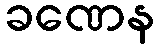
ခဏေန